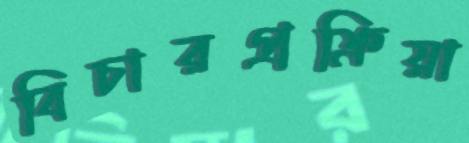
বিচারপ্রক্রিয়া